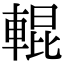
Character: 輥